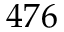
4 7 6